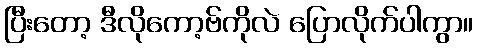
ပြီးတော့ ဒီလိုကော့ဗ်ကိုလဲ ပြောလိုက်ပါကွာ။